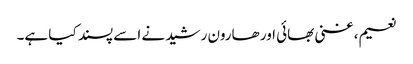
نعیم، غنی بھائی اور ھارون رشید نے اسے پسند کیا ہے۔